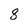
Character: 8